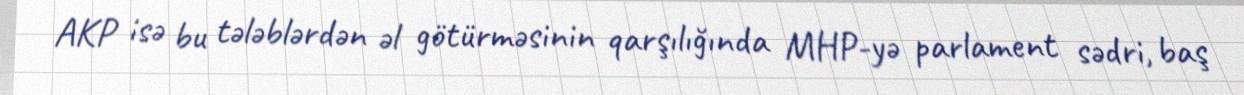
AKP isə bu tələblərdən əl götürməsinin qarşılığında MHP-yə parlament sədri, baş